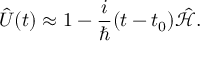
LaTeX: { \hat { U } } ( t ) \approx 1 - { \frac { i } { \hbar } } ( t - t _ { 0 } ) { \hat { \mathcal { H } } } .